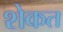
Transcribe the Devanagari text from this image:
शेकत